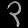
Digit: ၃